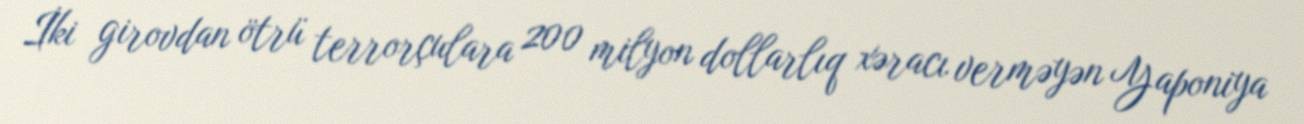
İki girovdan ötrü terrorçulara 200 milyon dollarlıq xəracı verməyən Yaponiya